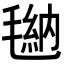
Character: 𪵠